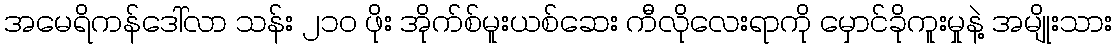
အမေရိကန်ဒေါ်လာ သန်း ၂၁၀ ဖိုး အိုက်စ်မူးယစ်ဆေး ကီလိုလေးရာကို မှောင်ခိုကူးမှုနဲ့ အမျိုးသား